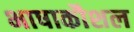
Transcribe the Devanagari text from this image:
भाषाकौशल